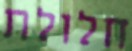
חלולת